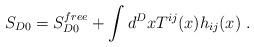
LaTeX: \begin{align*}S_{D0} = S_{D0}^{free} + \int d^Dx T^{ij}(x) h_{ij}(x)~.\end{align*}